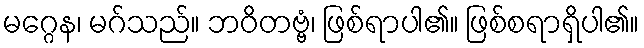
မဂ္ဂေန၊ မဂ်သည်။ ဘဝိတဗ္ဗံ၊ ဖြစ်ရာပါ၏။ ဖြစ်စရာရှိပါ၏။